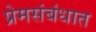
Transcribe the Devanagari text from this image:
प्रेमसंबंधात